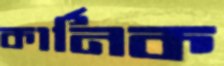
কার্নিক